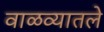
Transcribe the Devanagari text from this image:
वाळव्यातले